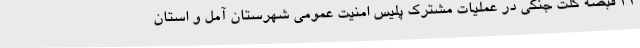
۲۱ قبضه کلت جنگی در عملیات مشترک پلیس امنیت عمومی شهرستان آمل و استان